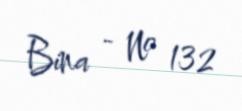
Bina - № 132